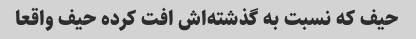
حیف که نسبت به گذشته‌اش افت کرده حیف واقعا